Vaccination in Burma 1920-1933 - 1920-1933
Year: 1920
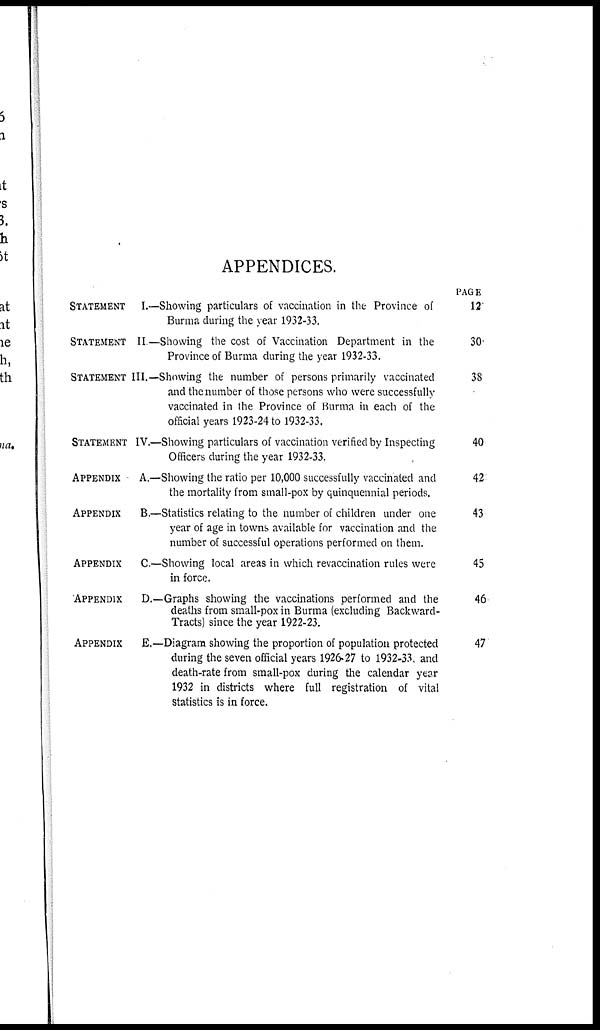
APPENDICES.
STATEMENT I.—Showing particulars of vaccination in the Province of
Burma during the year 1932-33.
STATEMENT II —Showing the cost of Vaccination Department in the
Province of Burma during the year 1932-33.
STATEMENT III.—Showing the number of persons primarily vaccinated
and the number of those persons who were successfully
vaccinated in the Province of Kurma in each of the
official years 1923-24 to 1932-33.
STATEMENT IV.—Showing particulars of vaccination verified by Inspecting
Officers during the year 1932-33.
APPENDIX A.—Showing the ratio per 10,000 successfully vaccinated and
the mortality from small-pox by quinquennial periods.
APPENDIX B.—Statistics relating to the number of children under one
year of age in towns available for vaccination and the
number of successful operations performed on them.
APPENDIX C—Showing local areas in which revaccination rules were
in force.
APPENDIX D.—Graphs showing the vaccinations performed and the
deaths from small-pox in Burma (excluding Backward-
Tracts) since the year 1922-23.
APPENDIX E.—Diagram showing the proportion of population protected
during the seven official years 1926-27 to 1932-33. and
death-rate from small-pox during the calendar year
1932 in districts where full registration of vital
statistics is in force.
PAGE
12
30
38
40
42
43
45
46
47